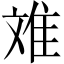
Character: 𮥷